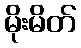
မိုးမိတ်